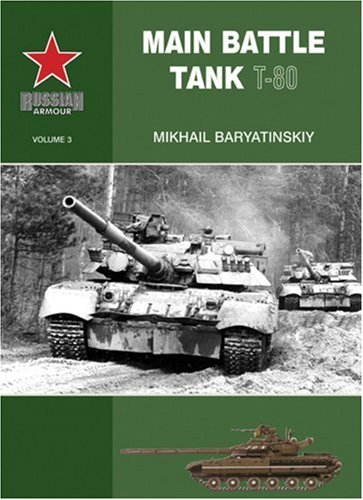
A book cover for MAIN BATTLE TANK T-80 (Russian Armour); Mikhail Baryatinskiy; Crafts, Hobbies & Home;